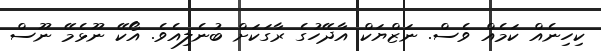
ކިހިނެއް ކަމެއް ވެސް. ނަޒްޔަކް އާދޭހުގެ ރާގަކަށް ބުނެލިއެވެ. އޯކޭ ނޫޅެމޭ ނޫސް